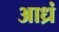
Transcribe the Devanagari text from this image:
आध्रं